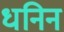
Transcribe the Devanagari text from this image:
धनिन